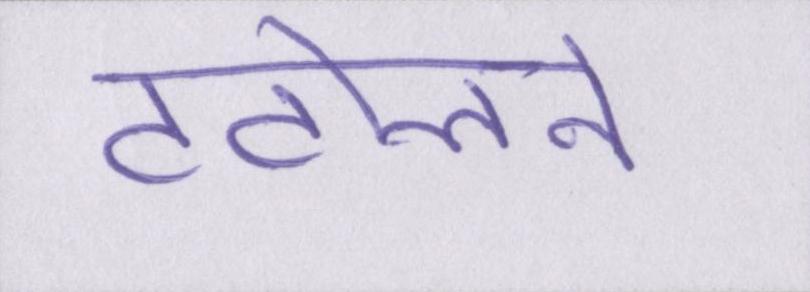
टटोलने